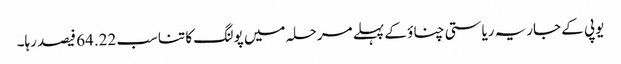
یوپی کے جاریہ ریاستی چناؤ کے پہلے مرحلہ میں پولنگ کا تناسب 64.22 فیصد رہا۔